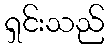
ရှင်းသည်